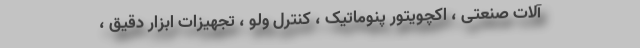
آلات صنعتی ، اکچویتور پنوماتیک ، کنترل ولو ، تجهیزات ابزار دقیق ،